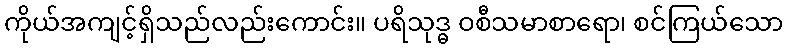
ကိုယ်အကျင့်ရှိသည်လည်းကောင်း။ ပရိသုဒ္ဓ ဝစီသမာစာရော၊ စင်ကြယ်သော